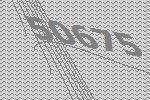
50675